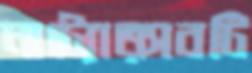
নাট্যোত্সবটি